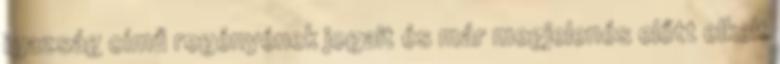
igazság című regényének jogait és már megjelenés előtt elkelt